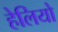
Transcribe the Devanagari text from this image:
हेलियो